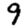
Digit: 9